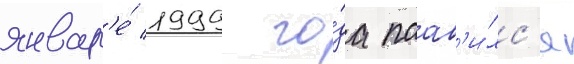
январ'е́ 1999 го́да поав'и́лс'я